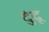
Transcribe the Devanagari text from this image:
दुंदू